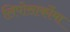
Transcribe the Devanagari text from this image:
लिपोसार्कोमा